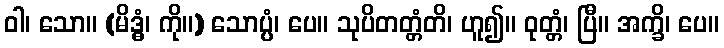
ဝါ၊ သော။ (မိဒ္ဓံ၊ ကို။) သောပ္ပံ၊ ပေ။ သုပိတတ္တံတိ၊ ဟူ၍။ ဝုတ္တံ၊ ပြီ။ အက္ခိ၊ ပေ။